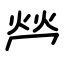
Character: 𤇾